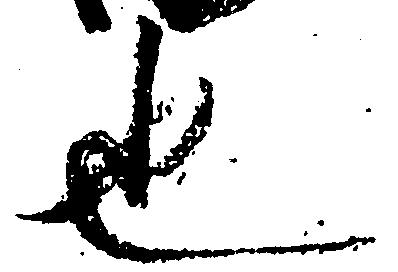
也